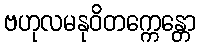
ဗဟုလမနုဝိတက္ကေန္တော